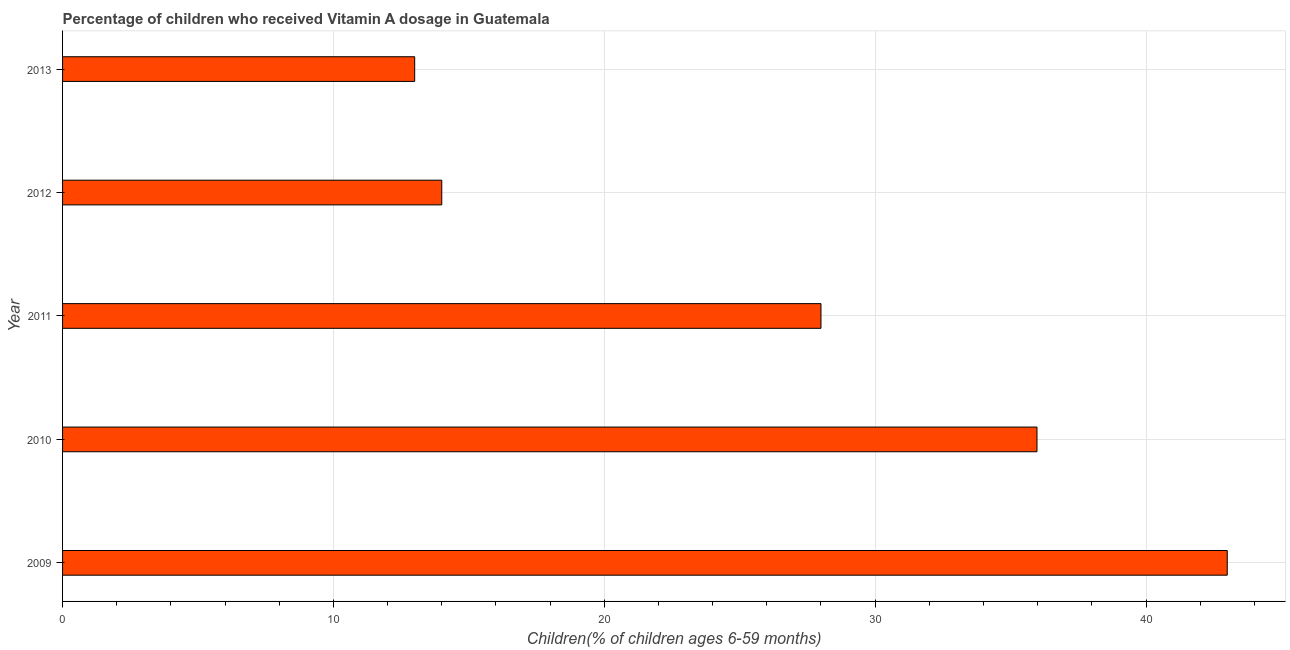
| Year | Vitamin A supplementation coverage rate  |
 | --- | --- |
 | 2009 | 43 |
 | 2010 | 36 |
 | 2011 | 28 |
 | 2012 | 14 |
 | 2013 | 13 |